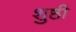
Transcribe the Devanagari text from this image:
शुष्ठी